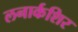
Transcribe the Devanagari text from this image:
लनार्कशिर